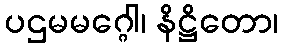
ပဌမမဂ္ဂေါ၊ နိဋ္ဌိတော၊